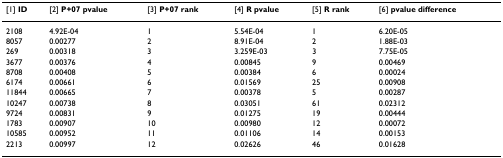
<table><thead><tr><td><b>[1] ID</b></td><td><b>[2] P+07 pvalue</b></td><td><b>[3] P+07 rank</b></td><td><b>[4] R pvalue</b></td><td><b>[5] R rank</b></td><td><b>[6] pvalue difference</b></td></tr></thead><tbody><tr><td>2108</td><td>4.92E-04</td><td>1</td><td>5.54E-04</td><td>1</td><td>6.20E-05</td></tr><tr><td>8057</td><td>0.00277</td><td>2</td><td>8.91E-04</td><td>2</td><td>1.88E-03</td></tr><tr><td>269</td><td>0.00318</td><td>3</td><td>3.259E-03</td><td>3</td><td>7.75E-05</td></tr><tr><td>3677</td><td>0.00376</td><td>4</td><td>0.00845</td><td>9</td><td>0.00469</td></tr><tr><td>8708</td><td>0.00408</td><td>5</td><td>0.00384</td><td>6</td><td>0.00024</td></tr><tr><td>6174</td><td>0.00661</td><td>6</td><td>0.01569</td><td>25</td><td>0.00908</td></tr><tr><td>11844</td><td>0.00665</td><td>7</td><td>0.00378</td><td>5</td><td>0.00287</td></tr><tr><td>10247</td><td>0.00738</td><td>8</td><td>0.03051</td><td>61</td><td>0.02312</td></tr><tr><td>9724</td><td>0.00831</td><td>9</td><td>0.01275</td><td>19</td><td>0.00444</td></tr><tr><td>1783</td><td>0.00907</td><td>10</td><td>0.00980</td><td>12</td><td>0.00072</td></tr><tr><td>10585</td><td>0.00952</td><td>11</td><td>0.01106</td><td>14</td><td>0.00153</td></tr><tr><td>2213</td><td>0.00997</td><td>12</td><td>0.02626</td><td>46</td><td>0.01628</td></tr></tbody></table>